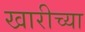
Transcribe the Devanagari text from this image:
खारीच्या